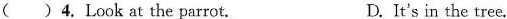
( )4.Look at the parrot. D.It's in the tree.